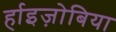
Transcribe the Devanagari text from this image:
र्हाइज़ोबिया